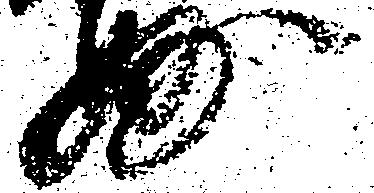
妙